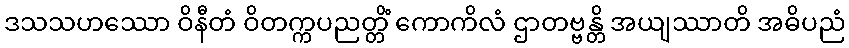
ဒသသဟဿော ဝိနီတံ ဝိတက္ကပညတ္တိံ ကောကိလံ ဌာတဗ္ဗန္တိ အယျဿာတိ အဓိပညံ